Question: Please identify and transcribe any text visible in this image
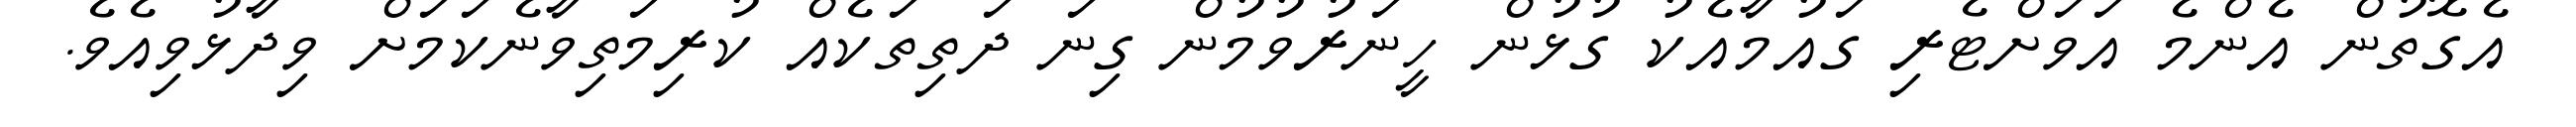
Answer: އެގޮތުން އެންމެ އަވަށްޓެރި ގައުމާއެކު ގުޅުން ހީނަރުވުމުން ގިނަ ދަތިތަކެއް ކުރިމަތިވާނެކަމަށް ވިދާޅުވިއެވެ.